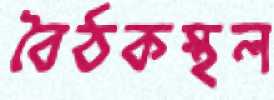
বৈঠকস্থল